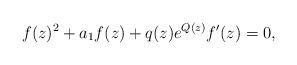
LaTeX: \begin{align*} f(z)^2+a_1f(z)+q(z)e^{Q(z)}f'(z)=0, \end{align*}